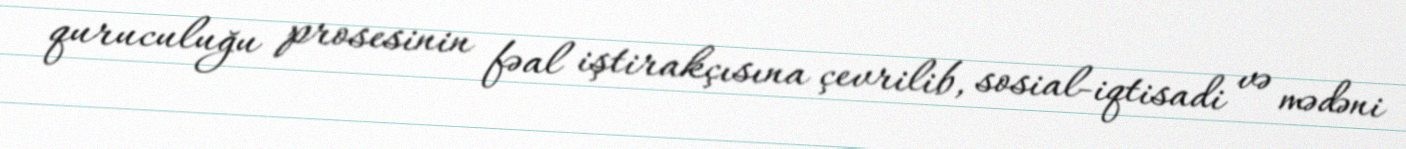
quruculuğu prosesinin fəal iştirakçısına çevrilib, sosial-iqtisadi və mədəni